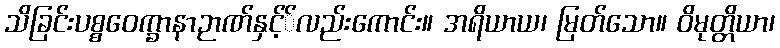
သိခြင်းပစ္စဝေက္ခာနာဉာဏ်နှင့််လည်းကောင်း။ အရိယာယ၊ မြတ်သော။ ဝိမုတ္တိယာ၊